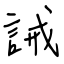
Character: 誡